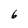
Character: 6